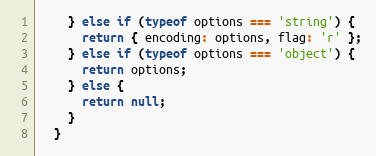
Language: JavaScript
    } else if (typeof options === 'string') {
      return { encoding: options, flag: 'r' };
    } else if (typeof options === 'object') {
      return options;
    } else {
      return null;
    }
  }